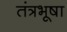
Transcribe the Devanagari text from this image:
तंत्रभूषा